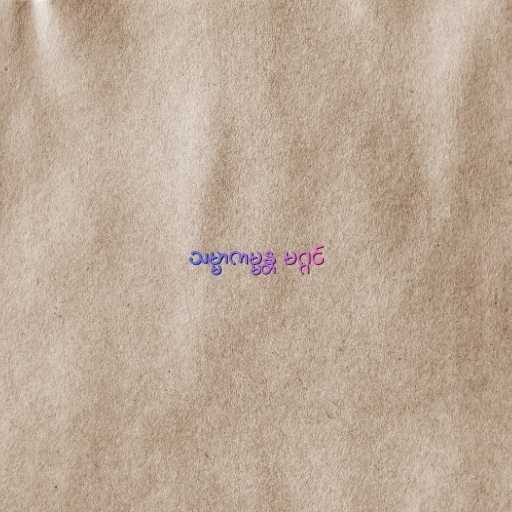
သမ္မာကမ္မန္တ မဂ္ဂင်